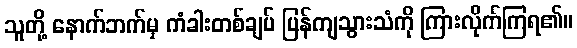
သူတို့ နောက်ဘက်မှ ကံခါးတစ်ချပ် ပြန်ကျသွားသံကို ကြားလိုက်ကြရ၏။